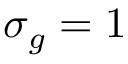
\sigma _ { g } = 1